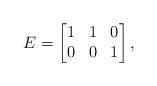
LaTeX: \begin{align*} E = \left[\begin{matrix} 1 & 1 & 0 \\ 0 & 0 & 1 \\ \end{matrix}\right], \end{align*}